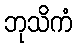
ဘုသိကံ